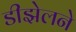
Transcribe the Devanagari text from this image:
डीझेलने